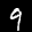
Label: 9